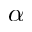
\alpha